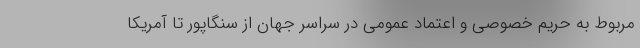
مربوط به حریم خصوصی و اعتماد عمومی در سراسر جهان از سنگاپور تا آمریکا